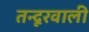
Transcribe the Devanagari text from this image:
तन्दूरवाली